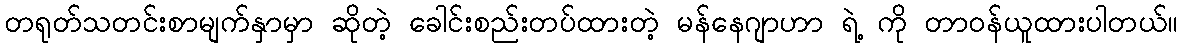
တရုတ်သတင်းစာမျက်နှာမှာ ဆိုတဲ့ ခေါင်းစည်းတပ်ထားတဲ့ မန်နေဂျာဟာ ရဲ့ ကို တာဝန်ယူထားပါတယ်။